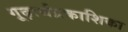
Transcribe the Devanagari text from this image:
गूढ़ार्थप्रकाशिका